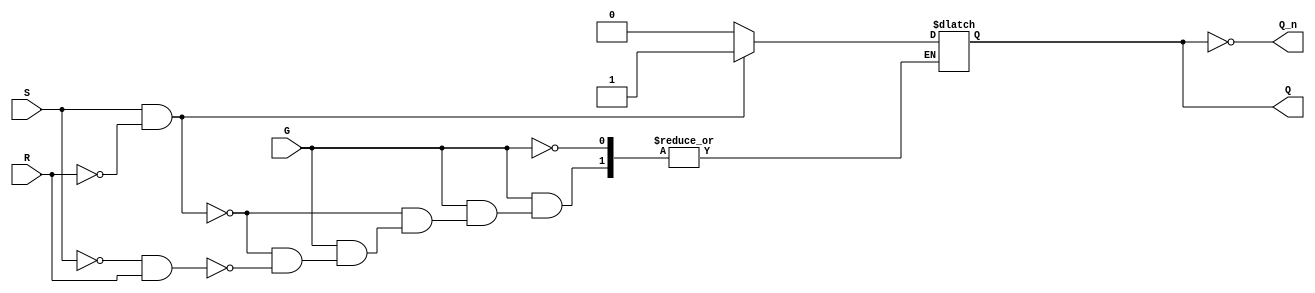
module gated_sr_latch (
    input wire S,     // Set input
    input wire R,     // Reset input
    input wire G,     // Gate input
    output reg Q,     // Output Q
    output wire Q_n   // Complement of Q
);

    assign Q_n = ~Q; // Not Q output

    always @* begin
        if (G) begin
            // When G is high, respond to S and R
            if (S && !R) begin
                Q = 1;  // Set condition
            end else if (!S && R) begin
                Q = 0;  // Reset condition
            end else if (!S && !R) begin
                // Hold previous state (do nothing)
                // Q retains its value
            end else begin
                // Invalid condition (both S and R are high)
                // This case may lead to undefined behavior
                // You can choose to implement a specific behavior here, e.g., set Q to 0 or 1, or maintain previous state
                // Q = 1'bx; // Uncomment to indicate uncertainty
            end
        end
        // When G is low, maintain the current state
    end

endmodule